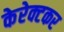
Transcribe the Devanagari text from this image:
केरेक्टकर